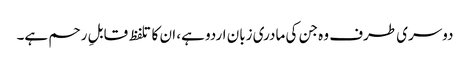
دوسری طرف وہ جن کی مادری زبان اردو ہے، ان کا تلفظ قابلِ رحم ہے۔